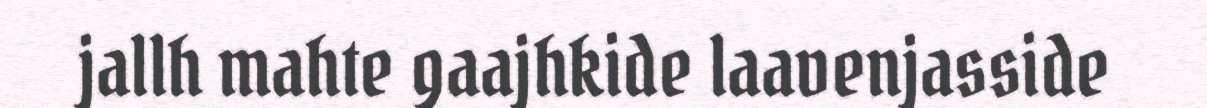
jallh mahte gaajhkide laavenjasside